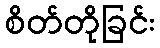
စိတ်တိုခြင်း